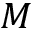
M